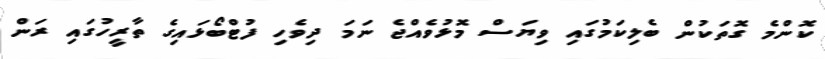
ކޮންމެ ގޮތަކުން ބެލިކަމުގައި ވިޔަސް މޮޅުވެއްޖެ ނަމަ ދިވެހި ފުޓްބޯޅައިގެ ތާރީހުގައި ރަން